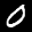
Label: 0